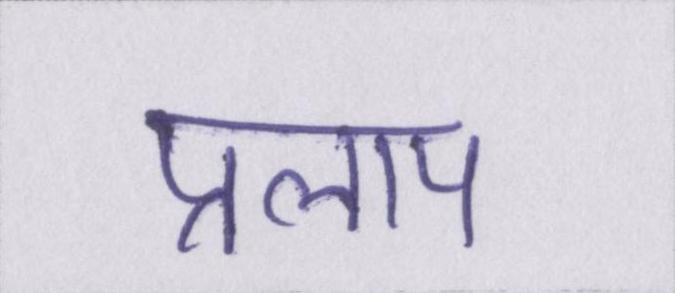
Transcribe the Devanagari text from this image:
प्रलाप